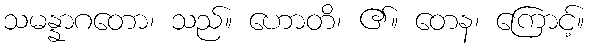
သမန္နာဂတော၊ သည်။ ဟောတိ၊ ၏။ တေန၊ ကြောင့်။